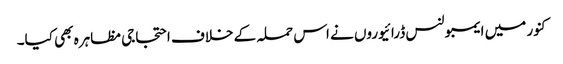
کنور میں ایمبولنس ڈرائیوروں نے اس حملہ کے خلاف احتجاجی مظاہرہ بھی کیا۔